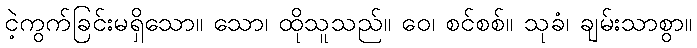
ငဲ့ကွက်ခြင်းမရှိသော။ သော၊ ထိုသူသည်။ ဝေ၊ စင်စစ်။ သုခံ၊ ချမ်းသာစွာ။